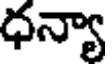
ధన్యా